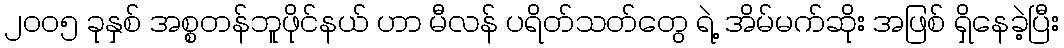
၂၀၀၅ ခုနှစ် အစ္စတန်ဘူဖိုင်နယ် ဟာ မီလန် ပရိတ်သတ်တွေ ရဲ့ အိမ်မက်ဆိုး အဖြစ် ရှိနေခဲ့ပြီး